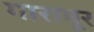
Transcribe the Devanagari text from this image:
गारामूर